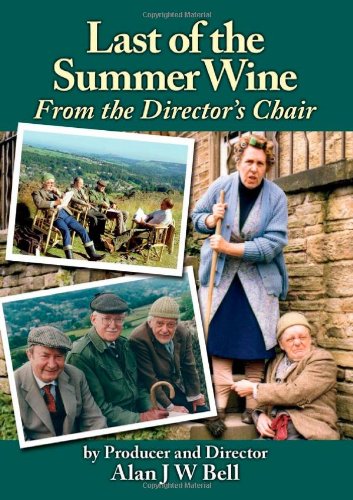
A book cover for Last of the Summer Wine - From the Director's Chair; Alan Bell; Humor & Entertainment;